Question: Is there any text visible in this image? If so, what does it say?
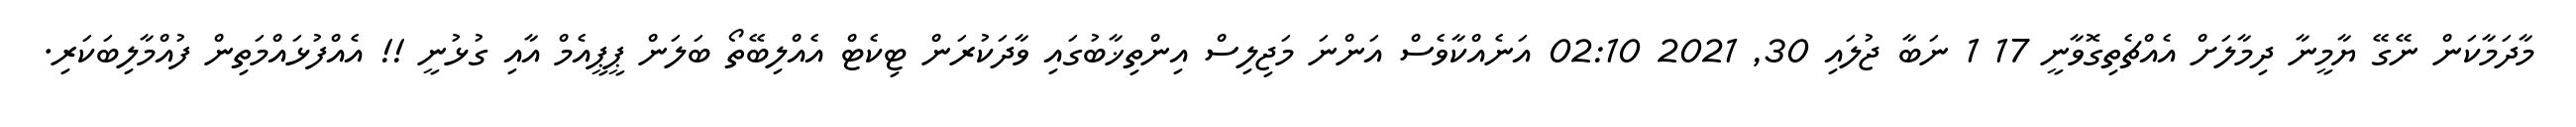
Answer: މާދަމާކަން ނޭގޭ ޔާމީނާ ދިމާލަށް އެއްޗެތިގޮވާނީ 17 1 ނަބާ ޖުލައި 30, 2021 02:10 އަނެއްކާވެސް އަންނަ މަޖިލިސް އިންތިޚާބުގައި ވާދަކުރަން ޓިކެޓް އެއްލިބޭތޯ ބަލަން ޕީޕީއެމް އާއި ގުޅުނީ !! އެއްފުޅައްމަތިން ފުއްމާލިބަކަރި.